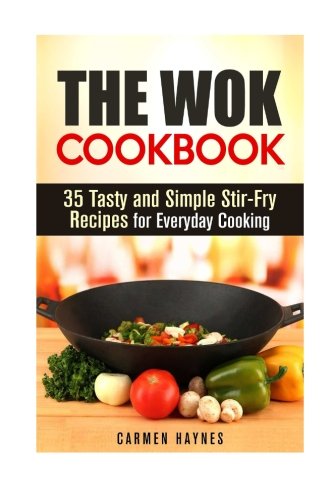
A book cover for The Wok Cookbook: 35 Tasty and Simple Stir-Fry Recipes for Everyday Cooking (Asian Recipes); Carmen Haynes; Cookbooks, Food & Wine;